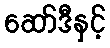
ဆော်ဒီနှင့်